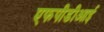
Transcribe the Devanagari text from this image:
एफपीडीआई